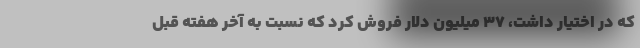
که در اختیار داشت، ۳۷ میلیون دلار فروش کرد که نسبت به آخر هفته قبل